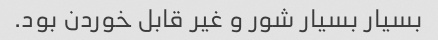
بسیار بسیار شور و غیر قابل خوردن بود.